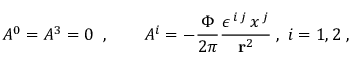
A ^ { 0 } = A ^ { 3 } = 0 \; \; , \qquad A ^ { i } = - \frac { \Phi } { 2 \pi } \frac { \epsilon ^ { \, i \, j } \, x ^ { \, j } } { { \bf r } ^ { 2 } } \; , \; i = 1 , 2 \; ,